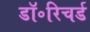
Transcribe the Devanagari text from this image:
डॉ॰रिचर्ड